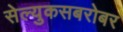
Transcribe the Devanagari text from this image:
सेल्युकसबरोबर